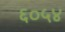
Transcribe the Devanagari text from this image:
६०५४